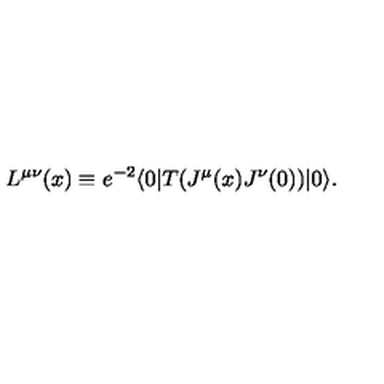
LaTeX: L ^ { \mu \nu } ( x ) \equiv e ^ { - 2 } \langle 0 | T ( J ^ { \mu } ( x ) J ^ { \nu } ( 0 ) ) | 0 \rangle .